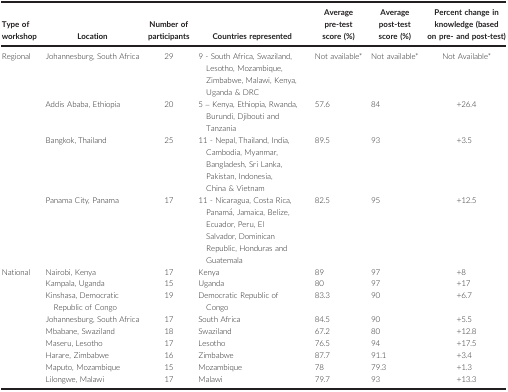
<table><thead><tr><td><b>Type of workshop</b></td><td><b>Location</b></td><td><b>Number of participants</b></td><td><b>Countries represented</b></td><td><b>Average pre‐test score (%)</b></td><td><b>Average post‐test score (%)</b></td><td><b>Percent change in knowledge (based on pre‐ and post‐test)</b></td></tr></thead><tbody><tr><td rowspan="4">Regional</td><td>Johannesburg, South Africa</td><td>29</td><td>9 ‐ South Africa, Swaziland, Lesotho, Mozambique, Zimbabwe, Malawi, Kenya, Uganda &amp; DRC</td><td>Not availablea</td><td>Not availablea</td><td>Not Availablea</td></tr><tr><td>Addis Ababa, Ethiopia</td><td>20</td><td>5 – Kenya, Ethiopia, Rwanda, Burundi, Djibouti and Tanzania</td><td>57.6</td><td>84</td><td>+26.4</td></tr><tr><td>Bangkok, Thailand</td><td>25</td><td>11 ‐ Nepal, Thailand, India, Cambodia, Myanmar, Bangladesh, Sri Lanka, Pakistan, Indonesia, China &amp; Vietnam</td><td>89.5</td><td>93</td><td>+3.5</td></tr><tr><td>Panama City, Panama</td><td>17</td><td>11 ‐ Nicaragua, Costa Rica, Panamá, Jamaica, Belize, Ecuador, Peru, El Salvador, Dominican Republic, Honduras and Guatemala</td><td>82.5</td><td>95</td><td>+12.5</td></tr><tr><td rowspan="9">National</td><td>Nairobi, Kenya</td><td>17</td><td>Kenya</td><td>89</td><td>97</td><td>+8</td></tr><tr><td>Kampala, Uganda</td><td>15</td><td>Uganda</td><td>80</td><td>97</td><td>+17</td></tr><tr><td>Kinshasa, Democratic Republic of Congo</td><td>19</td><td>Democratic Republic of Congo</td><td>83.3</td><td>90</td><td>+6.7</td></tr><tr><td>Johannesburg, South Africa</td><td>17</td><td>South Africa</td><td>84.5</td><td>90</td><td>+5.5</td></tr><tr><td>Mbabane, Swaziland</td><td>18</td><td>Swaziland</td><td>67.2</td><td>80</td><td>+12.8</td></tr><tr><td>Maseru, Lesotho</td><td>17</td><td>Lesotho</td><td>76.5</td><td>94</td><td>+17.5</td></tr><tr><td>Harare, Zimbabwe</td><td>16</td><td>Zimbabwe</td><td>87.7</td><td>91.1</td><td>+3.4</td></tr><tr><td>Maputo, Mozambique</td><td>15</td><td>Mozambique</td><td>78</td><td>79.3</td><td>+1.3</td></tr><tr><td>Lilongwe, Malawi</td><td>17</td><td>Malawi</td><td>79.7</td><td>93</td><td>+13.3</td></tr></tbody></table>